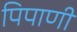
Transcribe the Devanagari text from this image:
पिपाणी